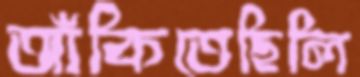
আঁকিতেছিলি